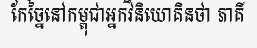
កែច្នៃនៅកម្ពុជាអ្នកវិនិយោគិនថា ភាគី